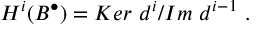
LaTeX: H ^ { i } ( B ^ { \bullet } ) = { K e r \ d ^ { i } } / { I m \ d ^ { i - 1 } } \ .